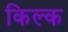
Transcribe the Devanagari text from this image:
किल्क